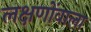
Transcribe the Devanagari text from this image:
लक्षणोंवाला